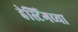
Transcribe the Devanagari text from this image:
हेस्टिंगच्या